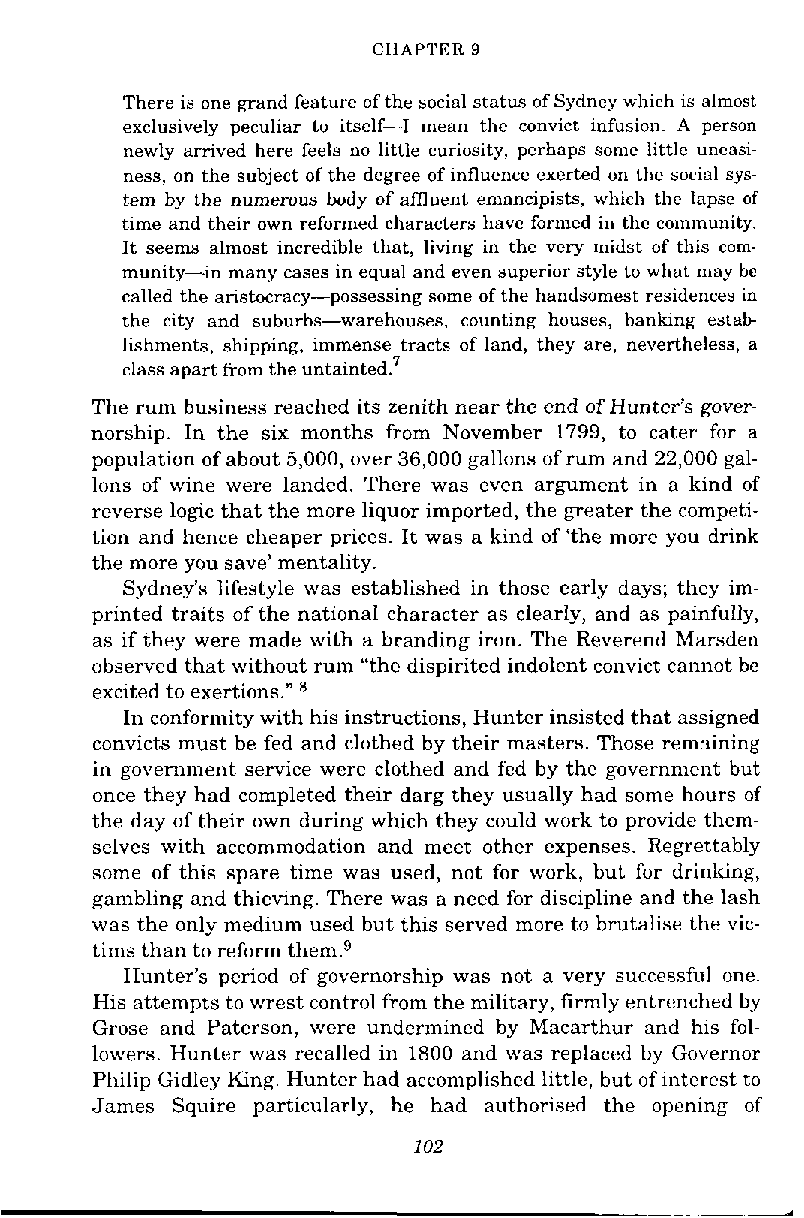
CHAPTER 9
 There is one grand feature of the social status of Sydney which is almost
 exclusively peculiar to itself-I mean the convict infusion. A person
 newly arrived here feels no little curiosity, perhaps some little uneasi-
 ness, on the subject of the degree of influence exerted on the social sys-
 tem by the numerous body of amuent emancipists, which the lapse of
 time and their own reformed characters have formed in the community.
 It seems almost incredible that, living in the very midst of this com-
 munity-in many cases in equal and even superior style to whet may be
 called the aristocracy-possessing some of the handsomest residences in
 the city and suburbs-warehouses, counting houses, banking estab-
 lishments, shipping, immense tracts of land, they are, nevertheless, a
 class apart from the untainted.?
 The rum business reached its zenith near the end of Hunter's gover-
 norship. In the six months from November 1799, to cater. for a
 population of about 5,000, over 36,000 gallons of rum and 22,000 gal-
 lons of wine were landed. There was even argument in a kind of
 reverse logic that the more liquor imported, the greater the competi-
 tion and hence cheaper prices. It was a kind of 'the more you drink
 the more you save' mentality.
 Sydney's lifestyle was established in those early days; they im-
 printed traits of the national character as clearly, and as painfully,
 as if they were made with a branding iron. The Reverend Marsden
 observed that without rum "the dispirited indolent convict cannot be
 excited to exertions."
 In conformity with his instructions, Hunter insisted that assigned
 convicts must be fed and clothed by their masters. Those remlining
 in government service were clothed and fed by the government but
 once they had completed their darg they usually had some hours of
 the day of their own during which they could work to provide them-
 selves with accommodation and meet other expenses. Regrettably
 some of this spare time was used, not for work, but for drinking,
 gambling and thieving. There was a need for discipline and the lash
 was the only medium used but this served more to brutalise the vic-
 tims than to reform them."
 Hunter's period of governorship was not a very successful one.
 His attempts to wrest control from the military, firmly entrenched by
 Grose and Paterson, were undermined by Macarthur and his fol-
 lowers. Hunter was recalled in 1800 and was replaced by Governor
 Philip Gidley King. Hunter had accomplished little, but of interest to
 James Squire particularly, he had authorised the opening of